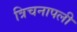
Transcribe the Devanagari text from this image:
त्रिचनापली